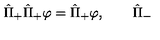
\hat { \Pi } _ { + } \hat { \Pi } _ { + } \varphi = \hat { \Pi } _ { + } \varphi , \qquad \hat { \Pi } _ { - }